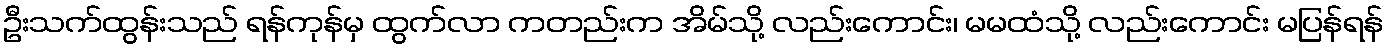
ဦးသက်ထွန်းသည် ရန်ကုန်မှ ထွက်လာ ကတည်းက အိမ်သို့ လည်းကောင်း၊ မမထံသို့ လည်းကောင်း မပြန်ရန်